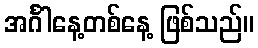
အင်္ဂါနေ့တစ်နေ့ ဖြစ်သည်။